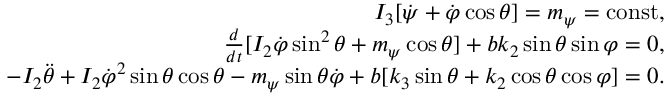
\begin{array} { r } { I _ { 3 } [ \dot { \psi } + \dot { \varphi } \cos \theta ] = m _ { \psi } = \mathrm { c o n s t } , } \\ { \frac { d } { d t } [ I _ { 2 } \dot { \varphi } \sin ^ { 2 } \theta + m _ { \psi } \cos \theta ] + b k _ { 2 } \sin \theta \sin \varphi = 0 , } \\ { - I _ { 2 } \ddot { \theta } + I _ { 2 } \dot { \varphi } ^ { 2 } \sin \theta \cos \theta - m _ { \psi } \sin \theta \dot { \varphi } + b [ k _ { 3 } \sin \theta + k _ { 2 } \cos \theta \cos \varphi ] = 0 . } \end{array}